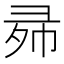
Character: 𱝠